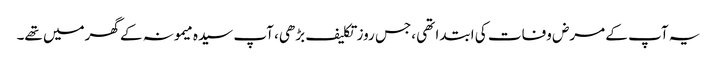
یہ آپ کے مرض وفات کی ابتدا تھی ،جس روز تکلیف بڑھی، آپ سیدہ میمونہ کے گھرمیں تھے۔